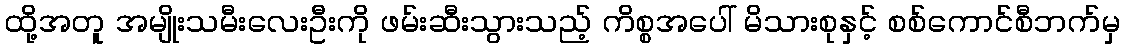
ထို့အတူ အမျိုးသမီးလေးဦးကို ဖမ်းဆီးသွားသည့် ကိစ္စအပေါ် မိသားစုနှင့် စစ်ကောင်စီဘက်မှ